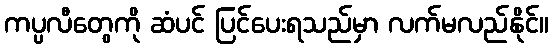
ကပ္ပလီတွေကို ဆံပင် ပြင်ပေးရသည်မှာ လက်မလည်နိုင်။